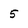
Character: 5